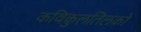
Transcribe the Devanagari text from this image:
कविकुलतिलको